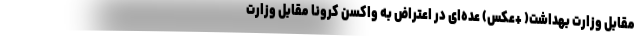
مقابل وزارت بهداشت( +عکس) عده‌ای در اعتراض به واکسن کرونا مقابل وزارت